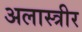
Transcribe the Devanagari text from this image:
अलास्त्रीर